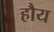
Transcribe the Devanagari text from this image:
हौय